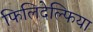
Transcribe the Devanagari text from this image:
फिलिदेल्फिया